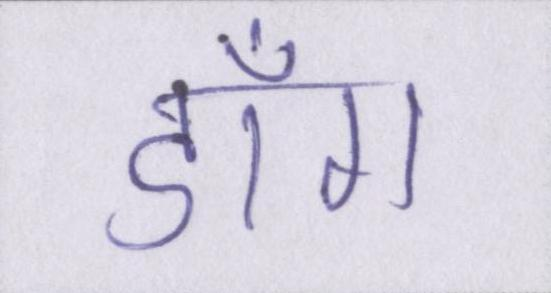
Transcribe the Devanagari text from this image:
डाँग